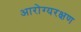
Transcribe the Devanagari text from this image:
आरोग्यरक्षण